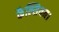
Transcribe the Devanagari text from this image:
कैल्सियम।